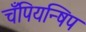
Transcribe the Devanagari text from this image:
चँपियन्षिप